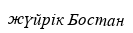
жүйрік Бостан